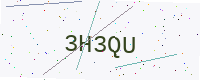
Text: 3H3QU